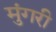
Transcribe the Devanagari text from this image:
मुंगरी